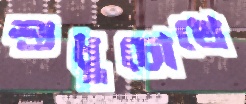
শুধুচোখে